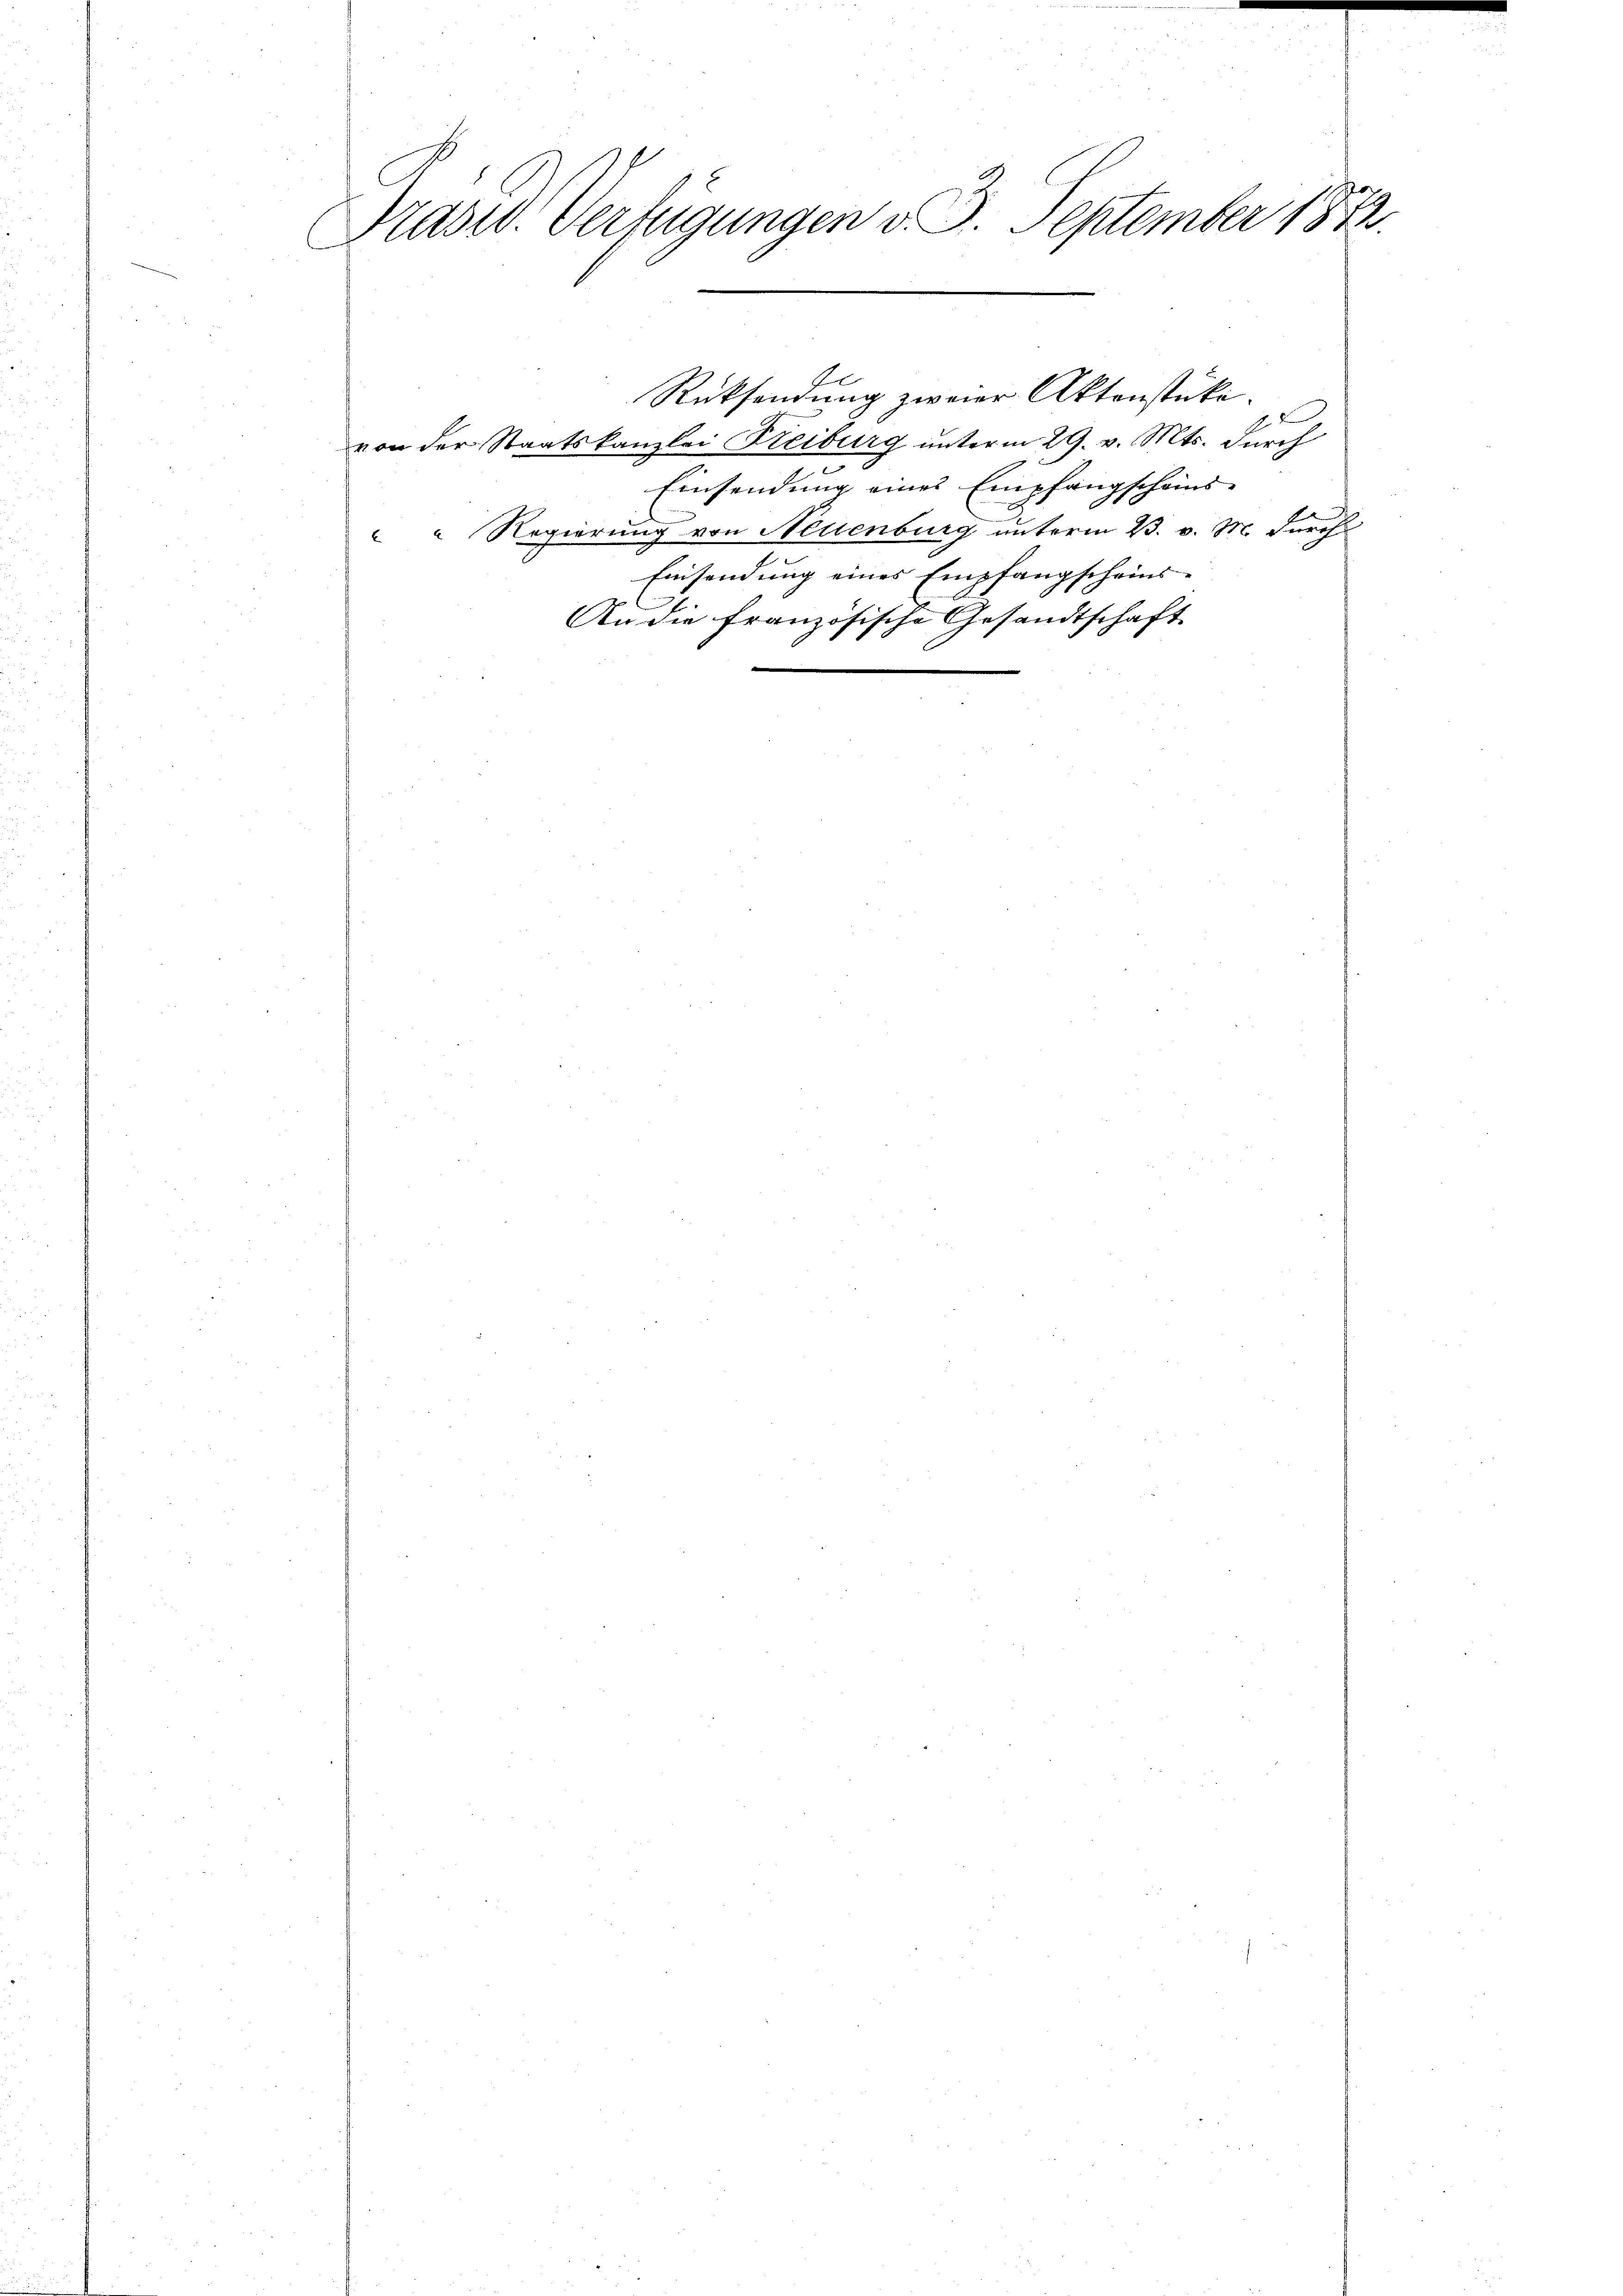
Präsid. Verfügungen v. 3. September 1873.

von der Staatskanzlei Reiburg unterm 29. v. Mts. durch
scheins
Einsendung eines Empfang
" Regierung von Neuenburg unterm 23. v. M. durch
Einsendung eines Empfangscheins-
An die französische Gesandtschaft

Ge
Rücksendung zweier Aktenstücke.